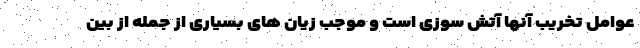
عوامل تخریب آنها آتش سوزی است و موجب زیان های بسیاری از جمله از بین